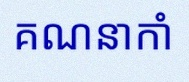
គណនាកាំ